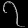
Digit: ၇